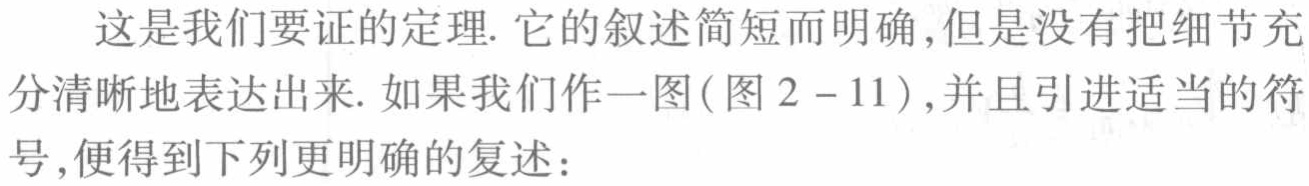
这是我们要证的定理. 它的叙述简短而明确,但是没有把细节充分清晰地表达出来. 如果我们作一图(图 2 - 11),并且引进适当的符号,便得到下列更明确的复述：